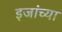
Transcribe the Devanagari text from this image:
इजांच्या